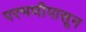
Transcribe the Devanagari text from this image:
परभणीपासून